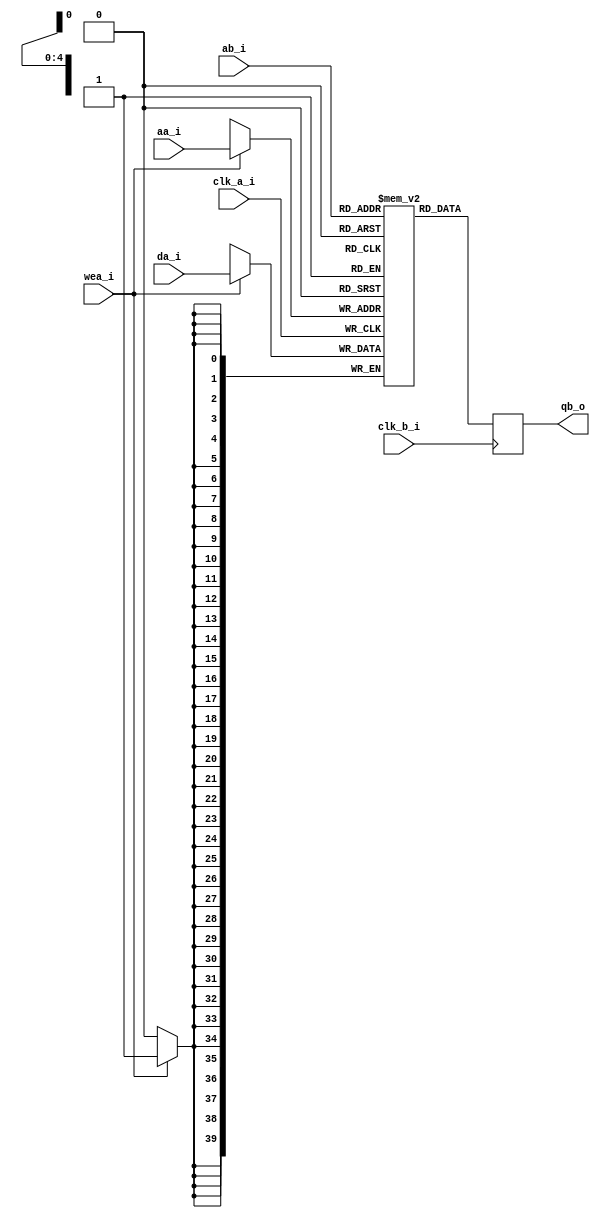
module pll_drp_ram 
  (
   input 	 clk_a_i,
   input [4:0] 	 aa_i,
   input [39:0]  da_i,
   input 	 wea_i,

   input 	 clk_b_i,
   input [4:0] 	 ab_i,
   output reg [39:0] qb_o
   );

   reg [39:0] 	 ram [0:31];

   always@(posedge clk_a_i)
     if(wea_i)
       ram[aa_i] <= da_i;

   always@(posedge clk_b_i)
     qb_o <= ram[ab_i];
   
endmodule